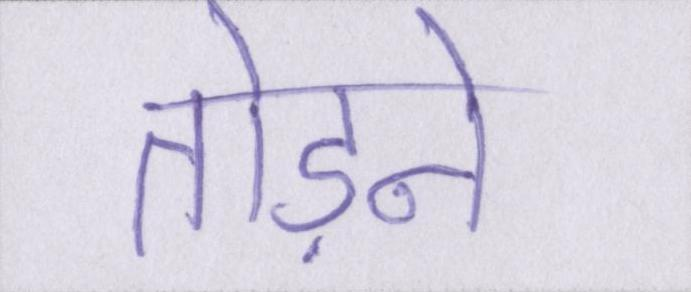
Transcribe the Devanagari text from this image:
तोड़ने